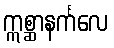
ဣစ္ဆာနင်္ကလေ